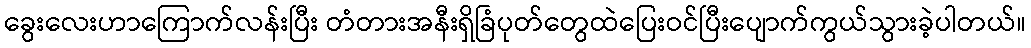
ခွေးလေးဟာကြောက်လန်းပြီး တံတားအနီးရှိခြံပုတ်တွေထဲပြေးဝင်ပြီးပျောက်ကွယ်သွားခဲ့ပါတယ်။